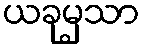
ယခုမှသာ